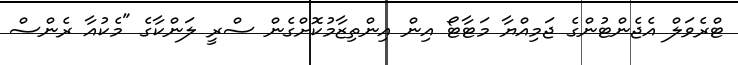
ޓްރެވަލް އެޖެންޓުންގެ ޖަމިއްޔާ މަޓާޓޯ އިން އިންތިޒާމުކޮށްގެން ސްރީ ލަންކާގެ "މެކުއާ ރެންސް